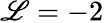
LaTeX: \mathscr{L}=-2